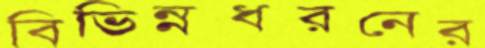
বিভিন্নধরনের